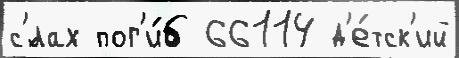
с'́лах пог'и́б 66114 д'е́тск'ий